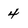
Character: 4